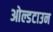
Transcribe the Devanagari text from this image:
ओल्डटाउन